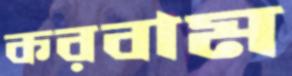
করবাম